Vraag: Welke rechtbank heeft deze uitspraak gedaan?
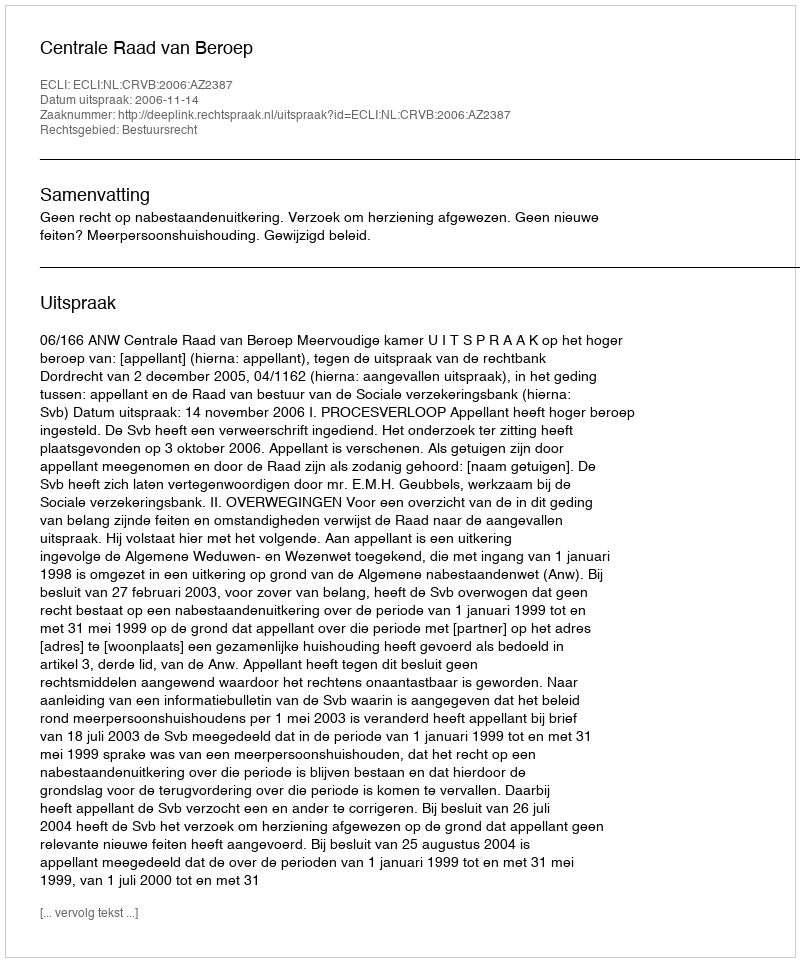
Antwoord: Centrale Raad van Beroep